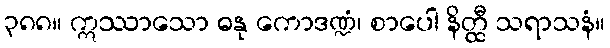
၃၈၈။ ဣဿာသော ဓနု ကောဒဏ္ဍံ၊ စာပေါ နိတ္ထီ သရာသနံ။